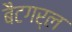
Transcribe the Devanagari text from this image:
बैटगर्ल